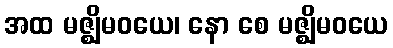
အထ မဇ္ဈိမဝယေ၊ နော စေ မဇ္ဈိမဝယေ